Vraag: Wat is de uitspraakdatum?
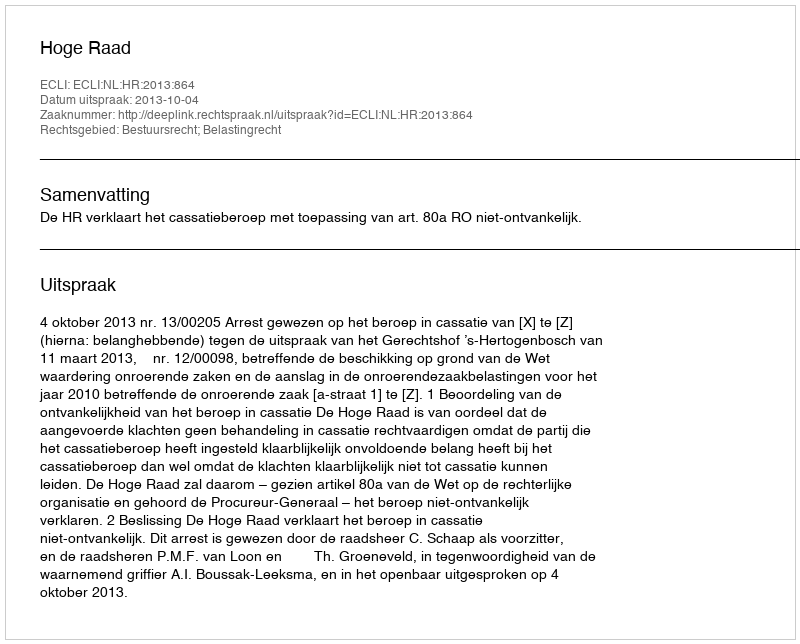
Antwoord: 2013-10-04